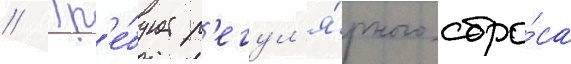
// Тр'е́бует р'егул'я́рного сбро́са